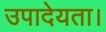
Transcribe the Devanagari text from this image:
उपादेयता।